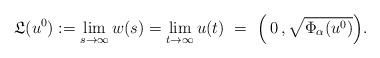
LaTeX: \begin{align*}\mathfrak L(u^0):= \lim_{s\to \infty} w(s)=\lim_{t\to \infty}u(t) \ = \ \Big(\, 0\, , \sqrt{\Phi_\alpha(u^0)}\Big). \end{align*}